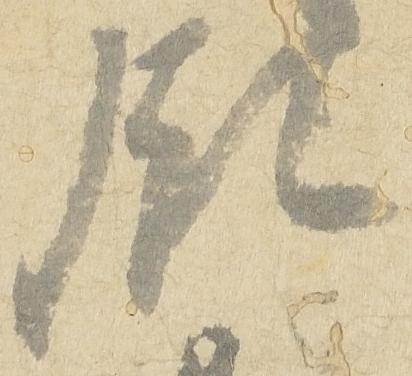
領